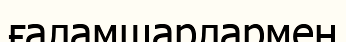
ғаламшарлармен